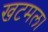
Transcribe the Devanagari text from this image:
खटमल।